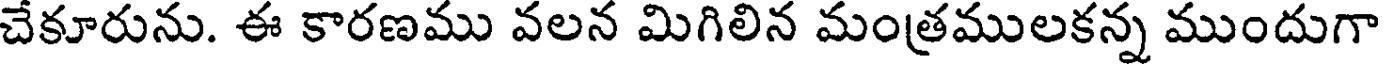
చేకూరును. ఈ కారణము వలన మిగిలిన మంత్రములకన్న ముందుగా